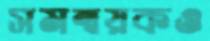
সমন্বয়কও